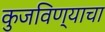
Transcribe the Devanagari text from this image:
कुजविण्याचा